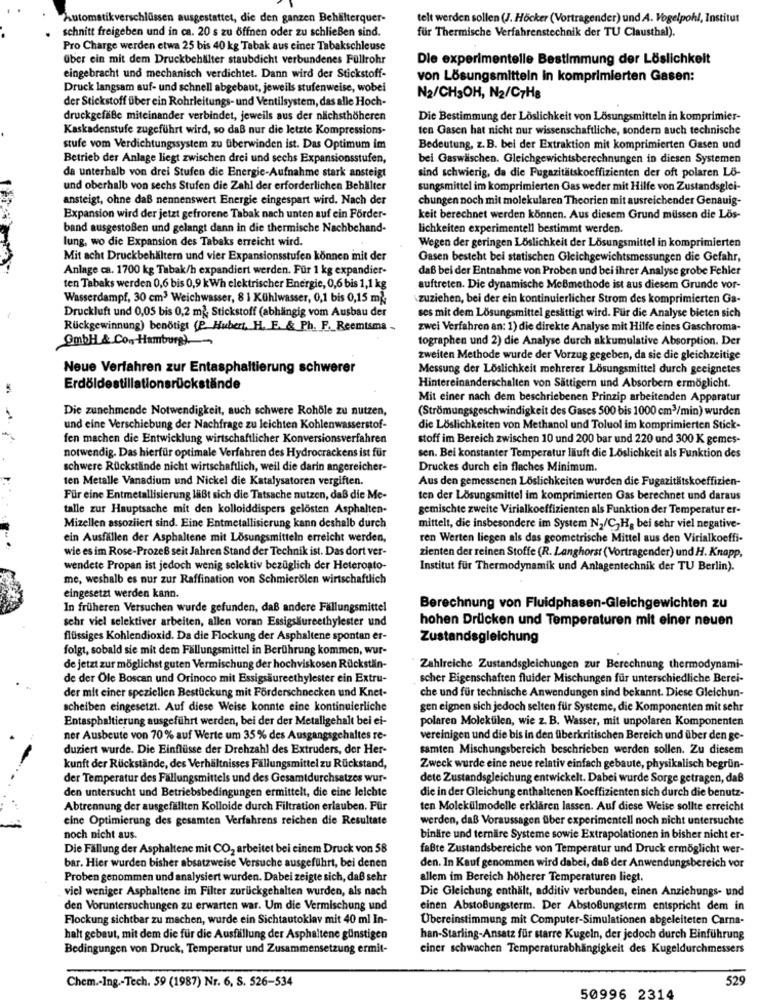
sen a
stattet, die den ganzen Behälterquer-
telt werden sollen (J. Höcker (Vortragender) und A. Vogelpohl, Institut
für Thermische Verfahrenstechnik der TU Clausthal).
schnitt freigeben und in ca. 20 s zu öffnen oder zu schließen sind.
Pro Charge werden etwa 25 bis 40 kg Tabak aus einer Tabakschleuse
über ein mit dem Druckbehälter staubdicht verbundenes Füllrohr
Die experimentelle Bestimmung der Löslichkeit
eingebracht und mechanisch verdichtet. Dann wird der Stickstoff-
von Lösungsmitteln in komprimierten Gasen:
Druck langsam auf- und schnell abgebaut, jeweils stufenweise, wobei
der Stickstoff über ein Rohrleitungs- und Ventilsystem, das alle Hoch-
N2/CHSOH, N2/C7H8
druckgefäße miteinander verbindet, jeweils aus der nächsthöheren
Die Bestimmung der Löslichkeit von Lösungsmitteln in komprimier-
Kaskadenstufe zugeführt wird, so daß nur die letzte Kompressions-
ten Gasen hat nicht nur wissenschaftliche, sondern auch technische
stufe vom Verdichtungssystem zu überwinden ist. Das Optimum im
Bedeutung, z. B. bei der Extraktion mit komprimierten Gasen und
Betrieb der Anlage liegt zwischen drei und sechs Expansionsstufen,
bei Gaswäschen. Gleichgewichtsberechnungen in diesen Systemen
da unterhalb von drei Stufen die Energie-Aufnahme stark ansteigt
sind schwierig, da die Fugazitätskoeffizienten der oft polaren Lö-
und oberhalb von sechs Stufen die Zahl der erforderlichen Behälter
sungsmittel im komprimierten Gas weder mit Hilfe von Zustandsglei-
ansteigt, ohne daß nennenswert Energie eingespart wird. Nach der
chungen noch mit molekularen Theorien mit ausreichender Genauig
Expansion wird der jetzt gefrorene Tabak nach unten auf ein Förder-
keit berechnet werden können. Aus diesem Grund müssen die Lös-
band ausgestoßen und gelangt dann in die thermische Nachbehand-
lichkeiten experimentell bestimmt werden.
lung, wo die Expansion des Tabaks erreicht wird.
Wegen der geringen Löslichkeit der Lösungsmittel in komprimierten
Mit acht Druckbehältern und vier Expansionsstufen können mit der
Gasen besteht bei statischen Gleichgewichtsmessungen die Gefahr,
Anlage ca. 1700 kg Tabak/h expandiert werden. Für 1 kg expandier-
daß bei der Entnahme von Proben und bei ihrer Analyse grobe Fehler
ten Tabaks werden 0,6 bis 0,9 kWh elektrischer Energie, 0,6 bis 1,1 kg
auftreten. Die dynamische MeBmethode ist aus diesem Grunde vor-
Wasserdampf, 30 cm3 Weichwasser, 8 1 Kühlwasser, 0,1 bis 0,15 må
zuziehen, bei der ein kontinuierlicher Strom des komprimierten Ga-
Druckluft und 0,05 bis 0,2 må Stickstoff (abhängig vom Ausbau der
ses mit dem Lösungsmittel gesättigt wird. Für die Analyse bieten sich
Rückgewinnung) benötigt (P. Hubert. H. E. & Ph. F ._ Reemtsma -
zwei Verfahren an: 1) die direkte Analyse mit Hilfe eines Gaschroma-
Gmbh & Co, Hamburg)
tographen und 2) die Analyse durch akkumulative Absorption. Der
zweiten Methode wurde der Vorzug gegeben, da sie die gleichzeitige
Neue Verfahren zur Entasphaltierung schwerer
Messung der Löslichkeit mehrerer Lösungsmittel durch geeignetes
Erdöldestillationsrückstände
Hintereinanderschalten von Sättigern und Absorbern ermöglicht.
Mit einer nach dem beschriebenen Prinzip arbeitenden Apparatur
Die zunehmende Notwendigkeit, auch schwere Rohöle zu nutzen,
(Strömungsgeschwindigkeit des Gases 500 bis 1000 cm3/min) wurden
und eine Verschiebung der Nachfrage zu leichten Kohlenwasserstof-
die Löslichkeiten von Methanol und Toluol im komprimierten Stick-
fen machen die Entwicklung wirtschaftlicher Konversionsverfahren
stoff im Bereich zwischen 10 und 200 bar und 220 und 300 K gemes-
notwendig. Das hierfür optimale Verfahren des Hydrocrackens ist für
sen. Bei konstanter Temperatur läuft die Löslichkeit als Funktion des
schwere Rückstände nicht wirtschaftlich, weil die darin angereicher-
Druckes durch ein flaches Minimum.
ten Metalle Vanadium und Nickel die Katalysatoren vergiften.
Aus den gemessenen Löslichkeiten wurden die Fugazitätskoeffizien-
Für eine Entmetallisierung läßt sich die Tatsache nutzen, daß die Me-
ten der Lösungsmittel im komprimierten Gas berechnet und daraus
talle zur Hauptsache mit den kolloiddispers gelösten Asphalten-
gemischte zweite Virialkoeffizienten als Funktion der Temperatur er-
Mizellen assoziiert sind. Eine Entmetallisierung kann deshalb durch
mittelt, die insbesondere im System N2/C,Hg bei sehr viel negative-
ein Ausfällen der Asphaltene mit Lösungsmitteln erreicht werden,
ren Werten liegen als das geometrische Mittel aus den Virialkoeffi-
wie es im Rose-Prozeß seit Jahren Stand der Technik ist. Das dort ver-
zienten der reinen Stoffe (R. Langhorst (Vortragender) und H. Knapp,
wendete Propan ist jedoch wenig selektiv bezüglich der Heteroato-
Institut für Thermodynamik und Anlagentechnik der TU Berlin).
me, weshalb es nur zur Raffination von Schmierölen wirtschaftlich
eingesetzt werden kann.
In früheren Versuchen wurde gefunden, daß andere Fällungsmittel
Berechnung von Fluidphasen-Gleichgewichten zu
sehr viel selektiver arbeiten, allen voran Essigsäureethylester und
hohen Drücken und Temperaturen mit einer neuen
flüssiges Kohlendioxid. Da die Flockung der Asphaltene spontan er-
Zustandsgleichung
folgt, sobald sie mit dem Fällungsmittel in Berührung kommen, wur-
de jetzt zur möglichst guten Vermischung der hochviskosen Rückstän-
Zahlreiche Zustandsgleichungen zur Berechnung thermodynami-
de der Öle Boscan und Orinoco mit Essigsäureethylester ein Extru-
scher Eigenschaften fluider Mischungen für unterschiedliche Berei-
der mit einer speziellen Bestückung mit Förderschnecken und Knet-
che und für technische Anwendungen sind bekannt. Diese Gleichun-
scheiben eingesetzt. Auf diese Weise konnte eine kontinuierliche
gen eignen sich jedoch selten für Systeme, die Komponenten mit sehr
Entasphaltierung ausgeführt werden, bei der der Metallgehalt bei ei-
polaren Molekülen, wie z. B. Wasser, mit unpolaren Komponenten
ner Ausbeute von 70% auf Werte um 35% des Ausgangsgehaltes re-
vereinigen und die bis in den fiberkritischen Bereich und über den ge-
duziert wurde. Die Einflüsse der Drehzahl des Extruders, der Her-
samten Mischungsbereich beschrieben werden sollen. Zu diesem
kunft der Rückstände, des Verhältnisses Fällungsmittel zu Rückstand,
Zweck wurde eine neue relativ einfach gebaute, physikalisch begrün-
der Temperatur des Fällungsmittels und des Gesamtdurchsatzes wur-
dete Zustandsgleichung entwickelt. Dabei wurde Sorge getragen, daß
den untersucht und Betriebsbedingungen ermittelt, die eine leichte
die in der Gleichung enthaltenen Koeffizienten sich durch die benutz-
Abtrennung der ausgefällten Kolloide durch Filtration erlauben. Für
ten Molekülmodelle erklären lassen. Auf diese Weise sollte erreicht
eine Optimierung des gesamten Verfahrens reichen die Resultate
werden, daß Voraussagen über experimentell noch nicht untersuchte
noch nicht aus.
binäre und ternäre Systeme sowie Extrapolationen in bisher nicht er-
Die Fällung der Asphaltene mit CO2 arbeitet bei einem Druck von 58
faßte Zustandsbereiche von Temperatur und Druck ermöglicht wer-
bar. Hier wurden bisher absatzweise Versuche ausgeführt, bei denen
den. In Kauf genommen wird dabei, daß der Anwendungsbereich vor
Proben genommen und analysiert wurden. Dabei zeigte sich, daß sehr
allem im Bereich höherer Temperaturen liegt.
viel weniger Asphaltene im Filter zurückgehalten wurden, als nach
Die Gleichung enthält, additiv verbunden, einen Anziehungs- und
den Voruntersuchungen zu erwarten war. Um die Vermischung und
einen AbstoBungsterm. Der Abstoßungsterm entspricht dem in
Flockung sichtbar zu machen, wurde ein Sichtautoklav mit 40 ml In-
Übereinstimmung mit Computer-Simulationen abgeleiteten Carna-
halt gebaut, mit dem die für die Ausfällung der Asphaltene günstigen
han-Starling-Ansatz für starre Kugeln, der jedoch durch Einführung
Bedingungen von Druck, Temperatur und Zusammensetzung ermit-
einer schwachen Temperaturabhängigkeit des Kugeldurchmessers
529
Chem .- Ing .- Tech. 59 (1987) Nr. 6, S. 526-534
50996 2314